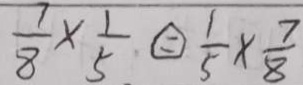
\frac { 7 } { 8 } \times \frac { 1 } { 5 } \textcircled { = } \frac { 1 } { 5 } \times \frac { 7 } { 8 }